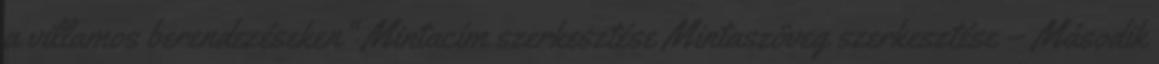
a villamos berendezéseken" Mintacím szerkesztése Mintaszöveg szerkesztése – Második